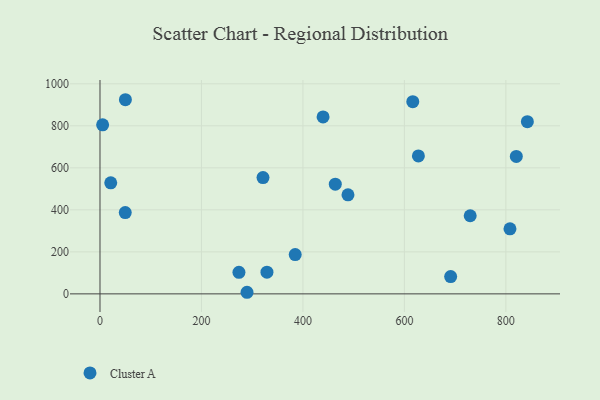
{"axis": {"x": "Speed", "y": "Rating"}, "legend": ["Cluster A"], "data": [{"x": "616.5", "y": 915.1, "type": "Cluster A"}, {"x": "808.1", "y": 309.8, "type": "Cluster A"}, {"x": "439.7", "y": 842.1, "type": "Cluster A"}, {"x": "384.8", "y": 187.2, "type": "Cluster A"}, {"x": "5.2", "y": 804.5, "type": "Cluster A"}, {"x": "21.2", "y": 528.4, "type": "Cluster A"}, {"x": "329.1", "y": 103.5, "type": "Cluster A"}, {"x": "50.1", "y": 924.2, "type": "Cluster A"}, {"x": "729.7", "y": 372.0, "type": "Cluster A"}, {"x": "321.3", "y": 553.7, "type": "Cluster A"}, {"x": "289.8", "y": 7.6, "type": "Cluster A"}, {"x": "691.2", "y": 82.3, "type": "Cluster A"}, {"x": "627.6", "y": 656.8, "type": "Cluster A"}, {"x": "49.8", "y": 386.8, "type": "Cluster A"}, {"x": "820.6", "y": 654.3, "type": "Cluster A"}, {"x": "842.4", "y": 819.5, "type": "Cluster A"}, {"x": "488.8", "y": 471.7, "type": "Cluster A"}, {"x": "273.9", "y": 102.6, "type": "Cluster A"}, {"x": "463.8", "y": 522.1, "type": "Cluster A"}]}